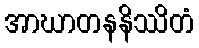
အာဃာတနနိဿိတံ